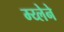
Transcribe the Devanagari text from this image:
म्य्लेने